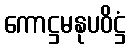
ကောဋ္ဌမနုပဝိဋ္ဌံ